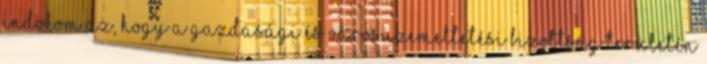
Indokom az, hogy a Gazdasági és Városüzemeltetési Bizottság területén